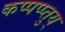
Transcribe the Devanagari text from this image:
कप्पप्प्तुय्